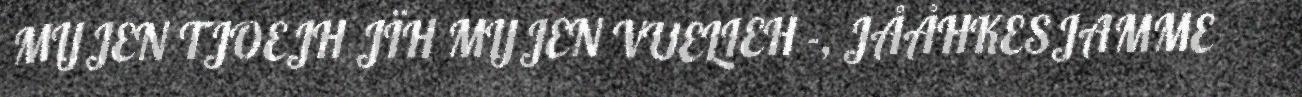
MIJJEN TJOEJH JÏH MIJJEN VUELIEH -, JÅÅHKESJAMME